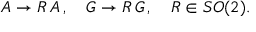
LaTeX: { \cal A } \rightarrow R \, { \cal A } \, , \quad { \cal G } \rightarrow R \, { \cal G } \, , \quad R \in S O ( 2 ) .